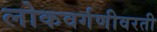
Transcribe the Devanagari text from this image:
लोकवर्गणीवरती